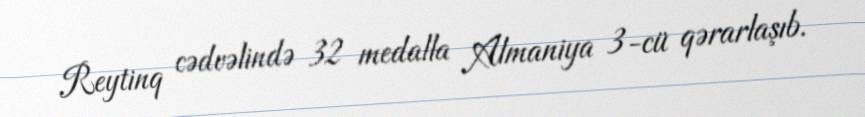
Reytinq cədvəlində 32 medalla Almaniya 3-cü qərarlaşıb.